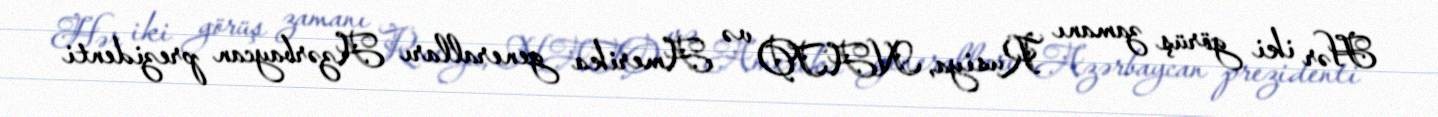
Hər iki görüş zamanı Rusiya, NATO və Amerika generalları Azərbaycan prezidenti